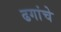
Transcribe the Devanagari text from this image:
ढगांचे